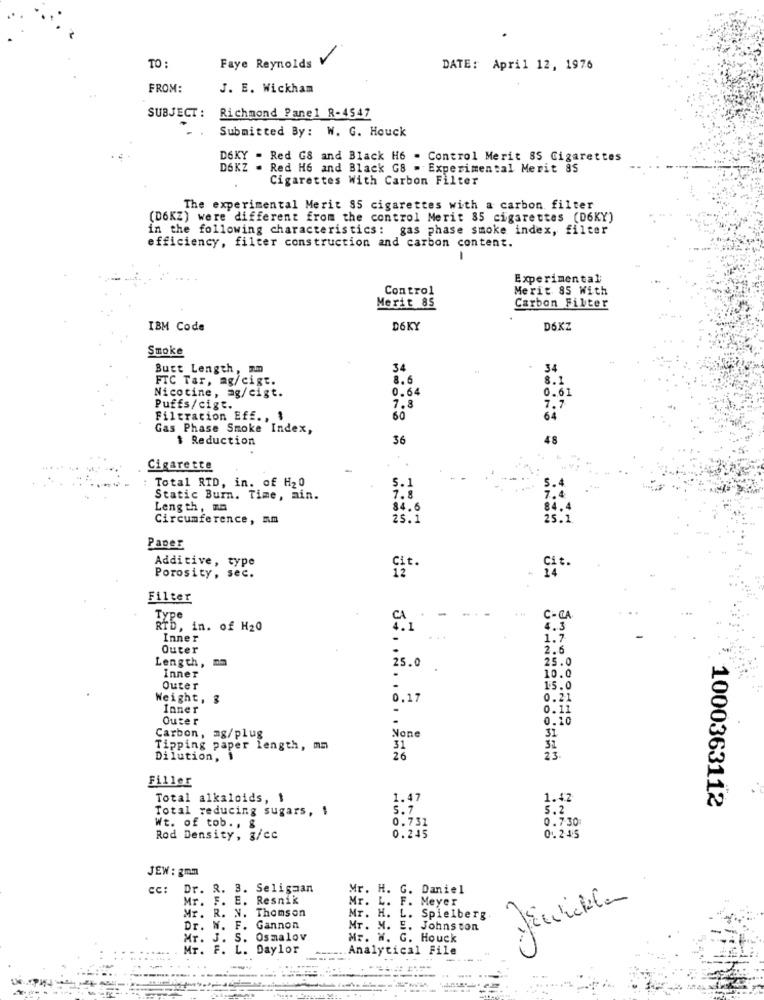
TO :
Faye Reynolds
DATE: April 12, 1976
FROM:
J. E. Wickham
SUBJECT :
Richmond Panel R-4547
Submitted By: W. G. Houck
D6KY - Red GS and Black H6 - Control Merit SS Cigarettes
D6KZ = Red H6 and Black G8 - Experimental Merit 85
Cigarettes With Carbon Filter
The experimental Merit 95 cigarettes with a carbon filter
(D6KZ) were different from the control Merit 85 cigarettes (D6KY)
in the following characteristics: gas phase smoke index, filter
efficiency, filter construction and carbon content.
-
Experimental
Control
Merit 85 With
Merit 85
Carbon Filter
IBM Code
D6KY
D6XZ
Smoke
Butt Length, mm
34
34
FTC Tar, ag/cigt.
8.6
8.1
Nicotine, ag/cigt.
0.64
0.61
Puffs/cigt.
7.8
7.7
Filtration Eff ., $
60
64
Gas Phase Smoke Index,
$ Reduction
36
48
Cigarette
Total RID, in. of H20
5.1
Static Burn. Time, min.
7.8
Length, ma
84.6
84.
Circumference, mm
25.1
25.1
Paper
Additive, type
Porosity, sec.
Filter
Type
C -CA
RTD, in. of H20
4.3
Inner
1.7
Outer
2.6
Length,
25.0
25.0
Inner
10.0
Outer
15.0
Weight, 3
0.17
0.21
Inner
0.11
Outer
.
0.10
Carbon, mg/plug
31
Tipping paper length, mm
31
Dilution,
26
23
Filler
Total alkaloids, 1
1.47
1.42
Total reducing sugars, 1
5.7
5.2
1000363112
0.731
Wt. of tob. , &
0.730
Rod Density, g/cc
0.245
0.245
JEW : 2mm
cc:
Dr. R. 3. Seligaan
Mr. H. G. Daniel
Mr.
F. E. Resnik
Mr. L. F. Meyer
Mr. R. N. Thomson
Mr. H. L. Spielberg.
Dr. W. F. Gannon
Mr. M. E. Johnston
Mr. J. S. Osmalov
Mr. W. G. Houck
Mr. F. L. Daylor
Analytical File
----
------.
......